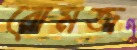
রোমজ